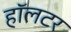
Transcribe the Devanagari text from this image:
हॉलटर